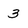
Character: 3